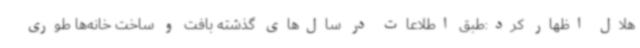
هلال اظهار کرد:طبق اطلاعات در سال‌های گذشته بافت و ساخت خانه‌ها طوری